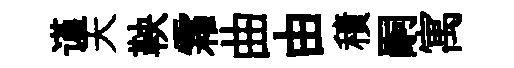
谨天鞅霜曲由積嗣寓